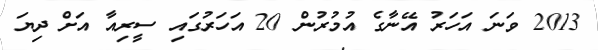
2013 ވަނަ އަހަރު އޭނާގެ އުމުރުން 20 އަހަރުގައި ސީރިއާ އަށް ދިޔަ